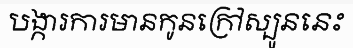
បង្ការការមានកូនក្រៅស្បូននេះ